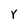
Character: Y